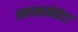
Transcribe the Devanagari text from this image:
अलमामेग्रेटा